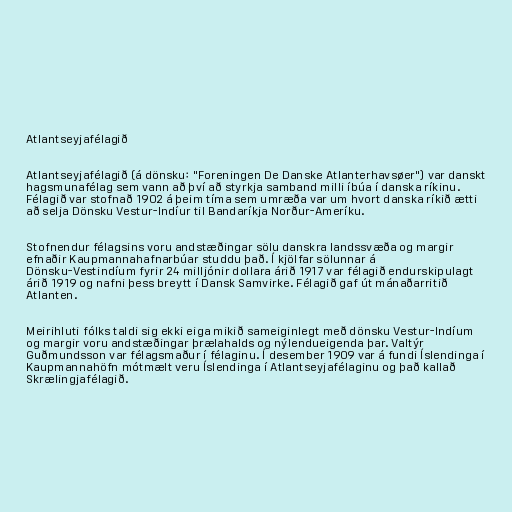
Atlantseyjafélagið

Atlantseyjafélagið (á dönsku: "Foreningen De Danske Atlanterhavsøer") var danskt
hagsmunafélag sem vann að því að styrkja samband milli íbúa í danska ríkinu.
Félagið var stofnað 1902 á þeim tíma sem umræða var um hvort danska ríkið ætti
að selja Dönsku Vestur-Indíur til Bandaríkja Norður-Ameríku.

Stofnendur félagsins voru andstæðingar sölu danskra landssvæða og margir
efnaðir Kaupmannahafnarbúar studdu það. Í kjölfar sölunnar á
Dönsku-Vestindíum fyrir 24 milljónir dollara árið 1917 var félagið endurskipulagt
árið 1919 og nafni þess breytt í Dansk Samvirke. Félagið gaf út mánaðarritið
Atlanten.

Meirihluti fólks taldi sig ekki eiga mikið sameiginlegt með dönsku Vestur-Indíum
og margir voru andstæðingar þrælahalds og nýlendueigenda þar. Valtýr
Guðmundsson var félagsmaður í félaginu. Í desember 1909 var á fundi Íslendinga í
Kaupmannahöfn mótmælt veru Íslendinga í Atlantseyjafélaginu og það kallað
Skrælingjafélagið.